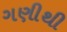
ગણીથી